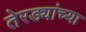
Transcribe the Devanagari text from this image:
तेरड्यांच्या